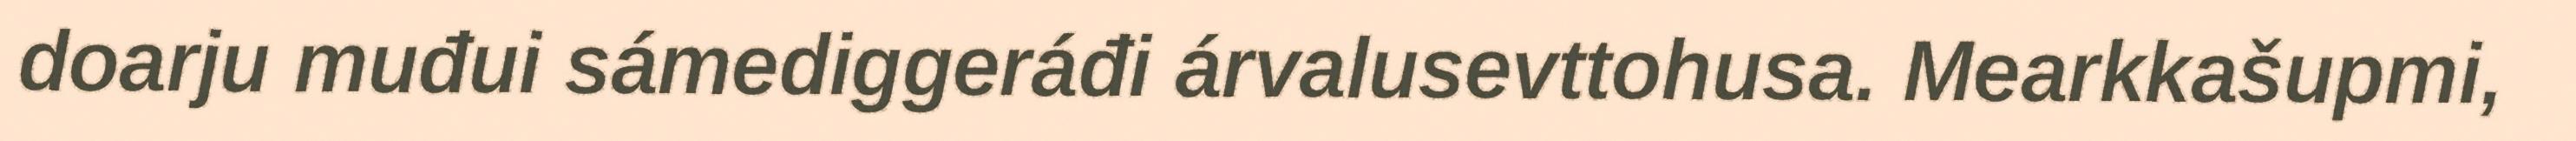
doarju muđui sámediggeráđi árvalusevttohusa. Mearkkašupmi,